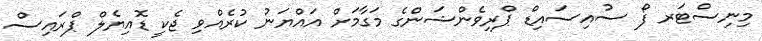
މިނިސްޓަރ ފޯ ސުއިސައިޑް ޕްރިވެންޝަންގެ މަގާމަށް އައްޔަނު ކުރެއްވި ޖެކީ ޑޮއިޔެލް ޕްރައިސް